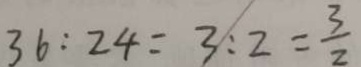
3 6 : 2 4 = 3 : 2 = \frac { 3 } { 2 }